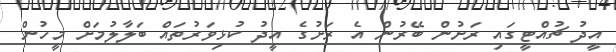
އީދު ޗުއްޓީގައި ރަށުން ބޭރުން އެ ރަށުގެ އީދު ކުޅިވަރުތައް ބަލާލުމަށް މީހުން